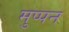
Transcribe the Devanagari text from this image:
मुप्पन